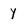
Character: Y